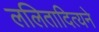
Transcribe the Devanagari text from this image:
ललितादित्यने